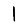
Digit: 1